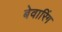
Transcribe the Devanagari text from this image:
बेवारिंग